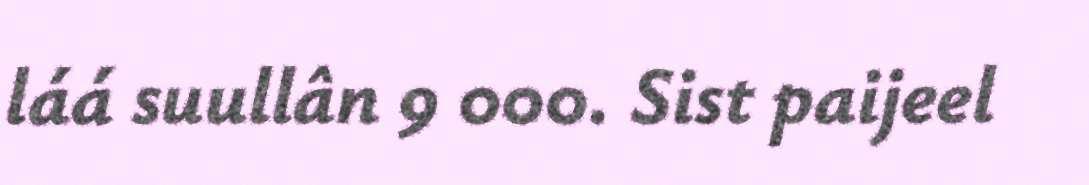
láá suullân 9 000. Sist paijeel